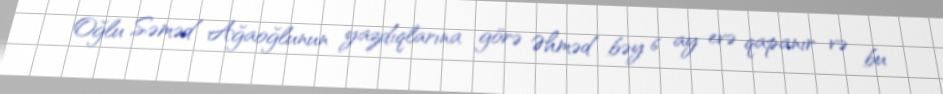
Oğlu Səməd Ağaoğlunun yazdıqlarına görə Əhməd bəy 6 ay evə qapanır və bu